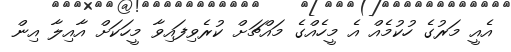
އެއީ މަރުގެ ހުކުމެއް އެ މީހެއްގެ މައްޗަށް ކުރެވިފައިވާ މީހަކަށް އާއިލާ އިން